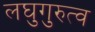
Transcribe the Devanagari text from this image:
लघुगुरुत्व